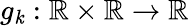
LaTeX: g_{\mathit{k}}:\mathbb{{R}}\times\mathbb{{R}}\to\mathbb{{R}}